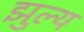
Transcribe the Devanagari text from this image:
झुल्य